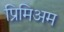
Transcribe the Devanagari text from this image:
प्रिमिअम